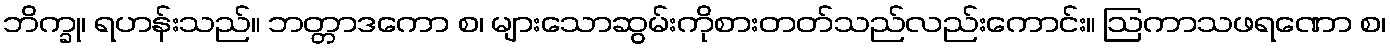
ဘိက္ခု၊ ရဟန်းသည်။ ဘတ္တာဒကော စ၊ များသောဆွမ်းကိုစားတတ်သည်လည်းကောင်း။ ဩကာသဖရဏော စ၊